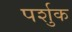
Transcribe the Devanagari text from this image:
पर्शुक